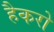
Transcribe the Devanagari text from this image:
हैकरो